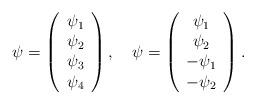
LaTeX: \begin{align*}\psi =\left(\begin{array}{c}\psi _{1} \\\psi _{2} \\\psi _{3} \\\psi _{4}\end{array}\right) ,~~~\psi =\left(\begin{array}{c}\psi _{1} \\\psi _{2} \\-\psi _{1} \\-\psi _{2}\end{array}\right) . \end{align*}